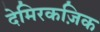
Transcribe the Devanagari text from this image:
देमिरकज़िक